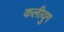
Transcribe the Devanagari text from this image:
कलीयुग